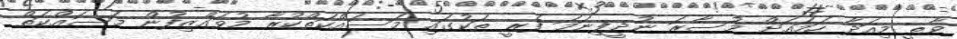
ވާތީ މިއަދާ ހަމައަށް މުސާރަ ނުދީފިނަމަ ފެރީ ތަކުގައި މަސައްކަތްކުރާ މުވައްޒިފުން މަސައްކަތް